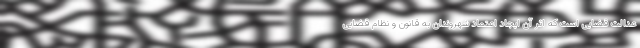
عدالت قضایی است که اثر آن ایجاد اعتماد شهروندان به قانون و نظام قضایی